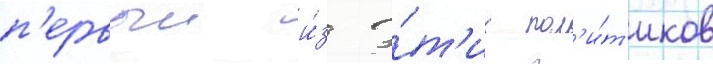
п'ервыи и́з э́т'их пол'и́т'иков